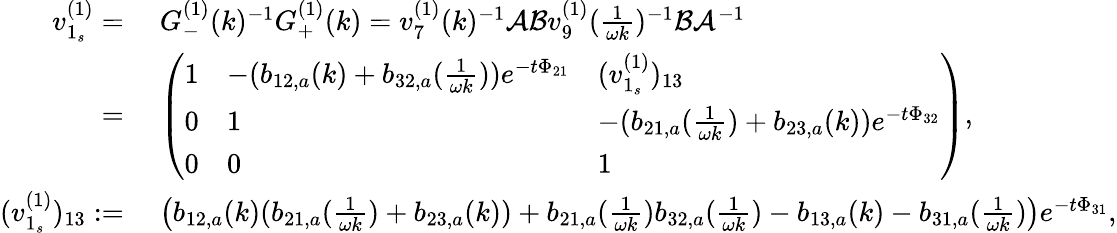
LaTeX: \begin{array}{rl}{v_{1_{s}}^{(1)}=}&{\; G_{-}^{(1)}(k)^{-1}G_{+}^{(1)}(k)=v_{7}^{(1)}(k)^{-1}\mathcal{A}\mathcal{B}v_{9}^{(1)}(\frac{1}{\omega k})^{-1}\mathcal{B}\mathcal{A}^{-1}}\\ {=}&{\; \left(\begin{array}{lll}{1}&{-(b_{12,a}(k)+b_{32,a}(\frac{1}{\omega k}))e^{-t\Phi_{21}}}&{(v_{1_{s}}^{(1)})_{13}}\\ {0}&{1}&{-(b_{21,a}(\frac{1}{\omega k})+b_{23,a}(k))e^{-t\Phi_{32}}}\\ {0}&{0}&{1}\end{array}\right),}\\ {(v_{1_{s}}^{(1)})_{13}:=}&{\; \big(b_{12,a}(k)(b_{21,a}(\frac{1}{\omega k})+b_{23,a}(k))+b_{21,a}(\frac{1}{\omega k})b_{32,a}(\frac{1}{\omega k})-b_{13,a}(k)-b_{31,a}(\frac{1}{\omega k})\big)e^{-t\Phi_{31}},}\end{array}